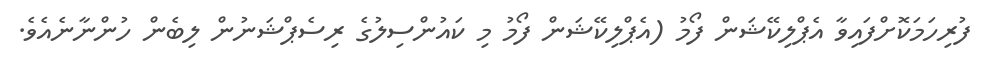
ފުރިހަމަކޮށްފައިވާ އެޕްލިކޭޝަން ފޯމު (އެޕްލިކޭޝަން ފޯމު މި ކައުންސިލުގެ ރިސެޕްޝަނުން ލިބެން ހުންނާނެއެވެ.